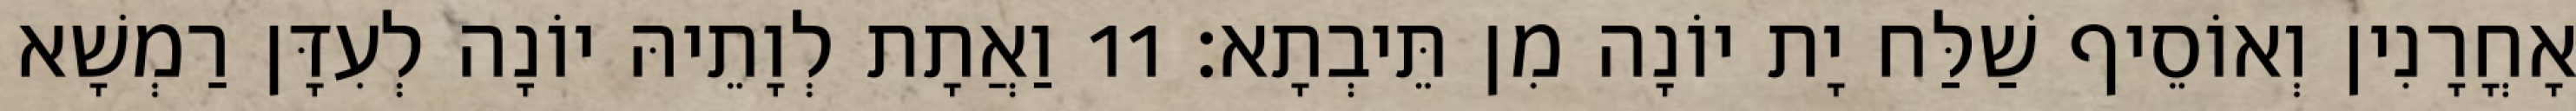
אָחֳרָנִין וְאוֹסֵיף שַׁלַּח יָת יוֹנָה מִן תֵּיבְתָא׃ 11 וַאֲתָת לְוָתֵיהּ יוֹנָה לְעִדָּן רַמְשָׁא